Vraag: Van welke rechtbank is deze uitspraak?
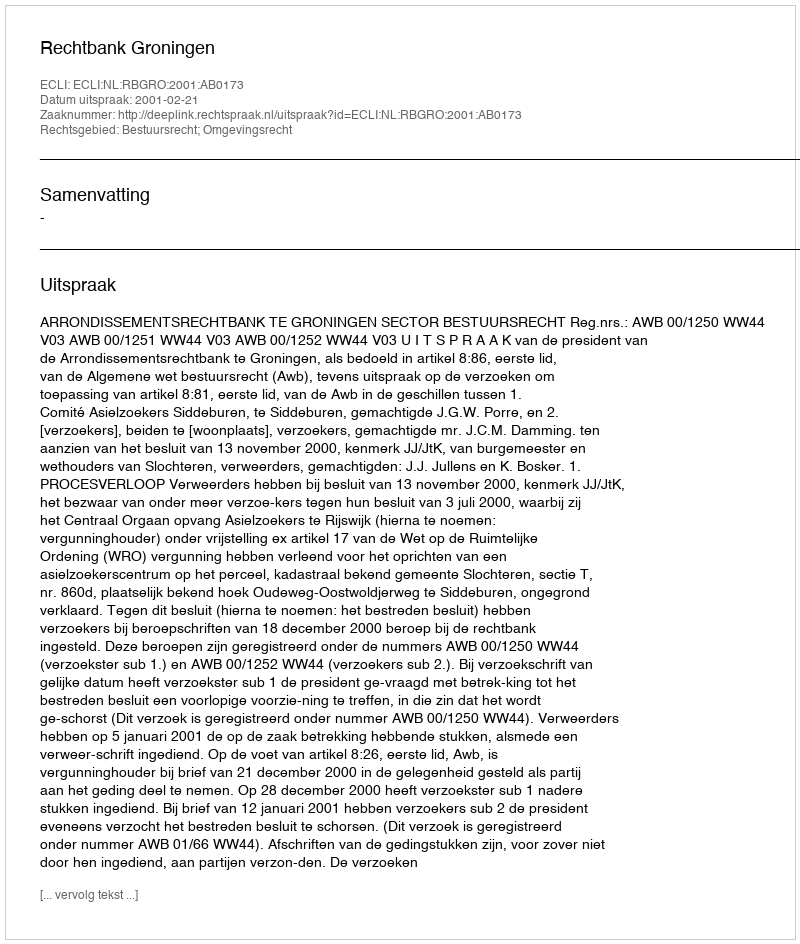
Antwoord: Rechtbank Groningen